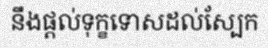
នឹងផ្តល់ទុក្ខទោសដល់ស្បែក